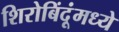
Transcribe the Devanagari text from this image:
शिरोबिंदूंमध्ये